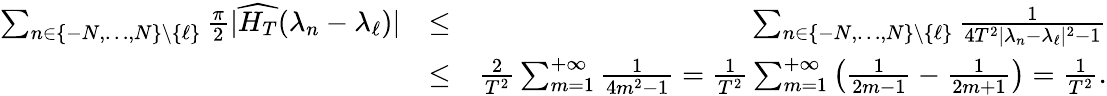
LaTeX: \begin{array}{rlr}{\sum_{n\in\{ -N,\ldots,N\} \setminus\{ \ell\} }\frac{\pi}{2}|\widehat{H_{T}}(\lambda_{n}-\lambda_{\ell})|}&{\leq}&{\sum_{n\in\{ -N,\ldots,N\} \setminus\{ \ell\} }\frac{1}{4T^{2}|\lambda_{n}-\lambda_{\ell}|^{2}-1}}\\ &{\leq}&{\frac{2}{T^{2}}\sum_{m=1}^{+\infty}\frac{1}{4m^{2}-1}=\frac{1}{T^{2}}\sum_{m=1}^{+\infty}\left(\frac{1}{2m-1}-\frac{1}{2m+1}\right)=\frac{1}{T^{2}}.}\end{array}